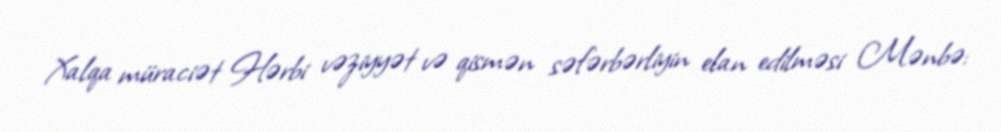
Xalqa müraciət Hərbi vəziyyət və qismən səfərbərliyin elan edilməsi Mənbə: